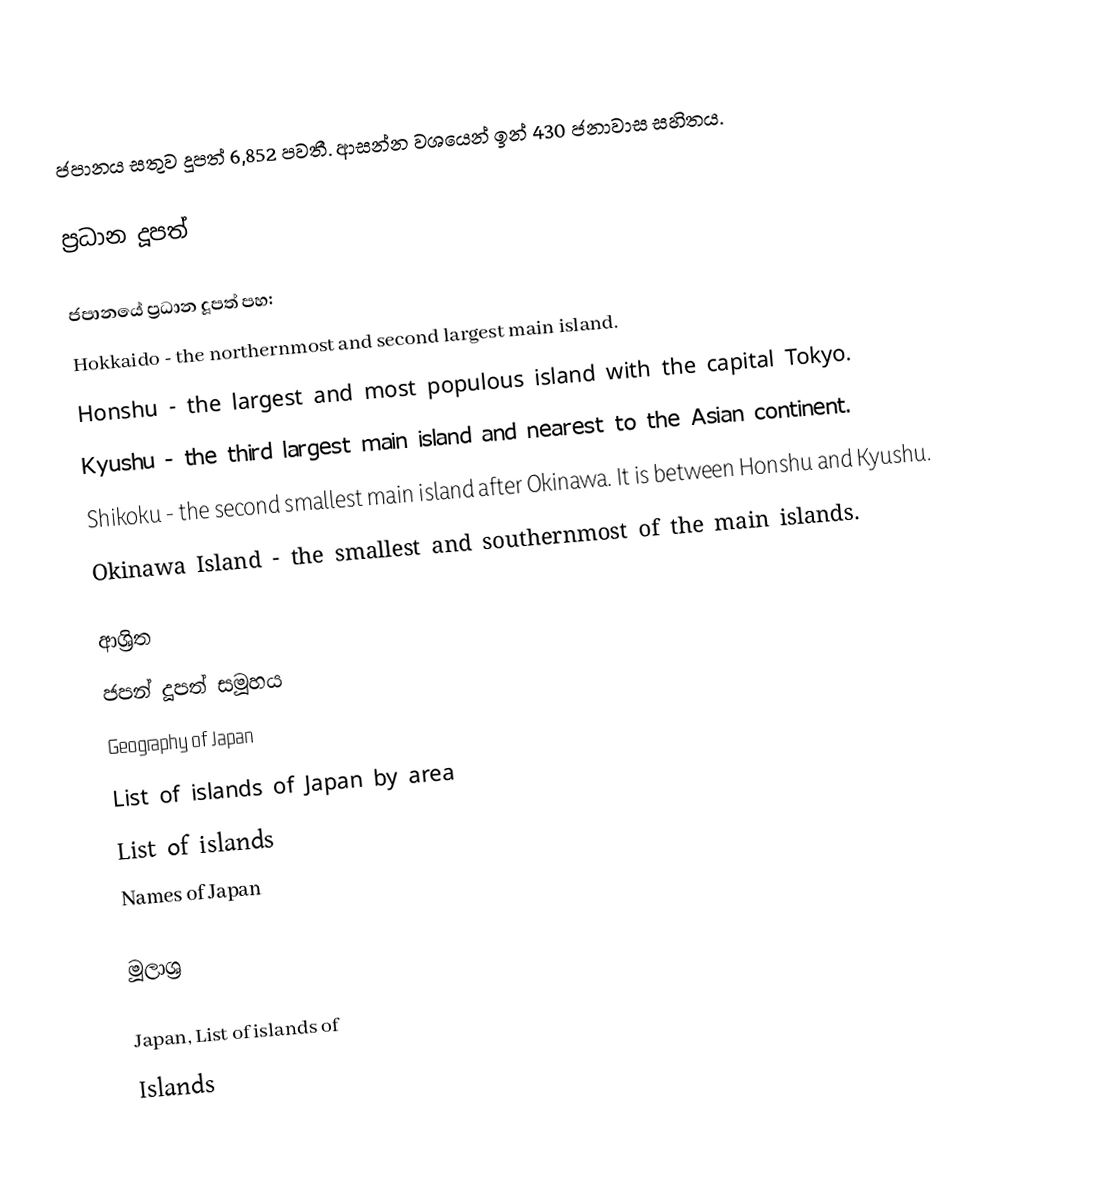
ජපානය සතුව දූපත් 6,852 පවතී. ආසන්න වශයෙන් ඉන් 430 ජනාවාස සහිතය.

ප්‍රධාන දූපත්

ජපානයේ ප්‍රධාන දූපත් පහ:
Hokkaido - the northernmost and second largest main island.
Honshu - the largest and most populous island with the capital Tokyo.
Kyushu - the third largest main island and nearest to the Asian continent.
Shikoku - the second smallest main island after Okinawa. It is between Honshu and Kyushu.
Okinawa Island - the smallest and southernmost of the main islands.

ආශ්‍රිත
 ජපන් දූපත් සමූහය
 Geography of Japan
 List of islands of Japan by area
 List of islands
 Names of Japan

මූලාශ්‍ර

Japan, List of islands of
Islands